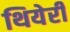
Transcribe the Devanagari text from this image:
थियेरी